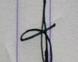
Signature authenticity: genuine